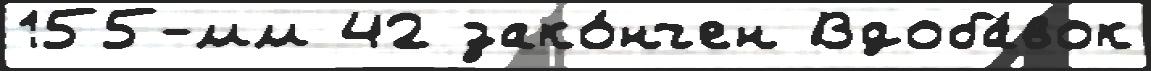
155-мм 42 зако́нчен Вдоба́вок